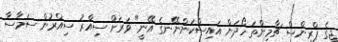
ޖީގެ ޕްރިންސް ޗާމިންތަ ހޯދަން އައިސްކަންނޭނގެ އޭނީ" ވަރަށް ސިއްރު ސިއްރުން ސަމާސާ